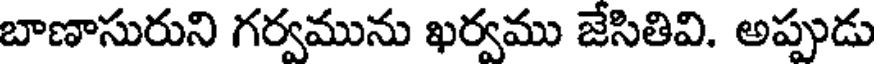
బాణాసురుని గర్వమును ఖర్వము జేసితివి. అప్పుడు